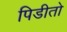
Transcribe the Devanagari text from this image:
पिडीतो